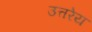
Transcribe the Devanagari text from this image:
उत्तरेय